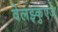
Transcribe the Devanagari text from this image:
वेलझ्कुएज